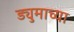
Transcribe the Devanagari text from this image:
ड्युमाच्या